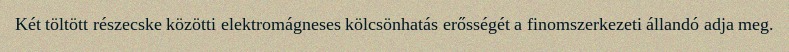
Két töltött részecske közötti elektromágneses kölcsönhatás erősségét a finomszerkezeti állandó adja meg.